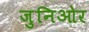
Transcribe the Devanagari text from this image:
जुनिओर